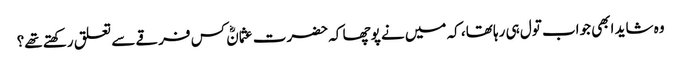
وہ شاید ابھی جواب تول ہی رہا تھا، کہ میں نے پوچھا کہ حضرت عثمانؓ کس فرقے سے تعلق رکھتے تھے؟